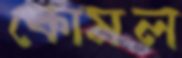
কোমল